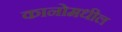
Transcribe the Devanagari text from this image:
कानोमधील